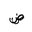
Letter: _dad